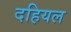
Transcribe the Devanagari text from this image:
दहियल